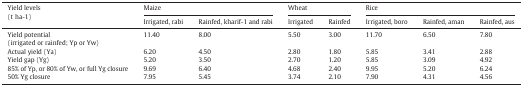
| <ROWSPAN=2> Yield levels(t ha-1) | <COLSPAN=2> Maize | <COLSPAN=2> Wheat | <COLSPAN=3> Rice |
 | Irrigated, rabi | Rainfed, kharif-1 and rabi | Irrigated | Rainfed | Irrigated, boro | Rainfed, aman | Rainfed, aus |
 | --- | --- | --- | --- | --- | --- | --- | --- |
 | Yield potential(irrigated or rainfed; Yp or Yw) | 11.40 | 8.00 | 5.50 | 3.00 | 11.70 | 6.50 | 7.80 |
 | Actual yield (Ya) | 6.20 | 4.50 | 2.80 | 1.80 | 5.85 | 3.41 | 2.88 |
 | Yield gap (Yg) | 5.20 | 3.50 | 2.70 | 1.20 | 5.85 | 3.09 | 4.92 |
 | 85% of Yp, or 80% of Yw, or full Yg closure | 9.69 | 6.40 | 4.68 | 2.40 | 9.95 | 5.20 | 6.24 |
 | 50% Yg closure | 7.95 | 5.45 | 3.74 | 2.10 | 7.90 | 4.31 | 4.56 |